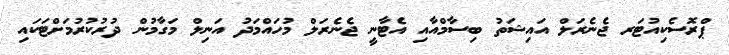
ޕްރޮސެކިއުޓަރ ޖެނެރަލް އައިޝަތު ބިސާމްއާއި އެޓާނީ ޖެނެރަލް މުހައްމަދު އަނިލް މަގާމުން ދުރުކުރުމަށްޓަކައި